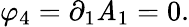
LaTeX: \varphi_{4}=\partial_{1}\mathit{A}_{1}=0.